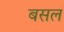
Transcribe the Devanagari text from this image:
बसल